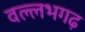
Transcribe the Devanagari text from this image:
वल्लभगढ़